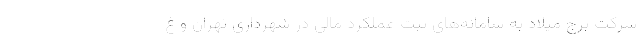
شرکت برج میلاد به سامانه‌های ثبت عملکرد مالی در شهرداری تهران و غ